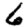
Digit: 6